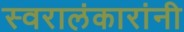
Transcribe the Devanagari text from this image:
स्वरालंकारांनी